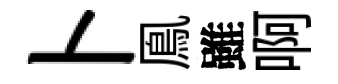
卜鳯雖啊